Rangoon Lunatic Asylum 1898-1906 - 1898-1906
Year: 1898
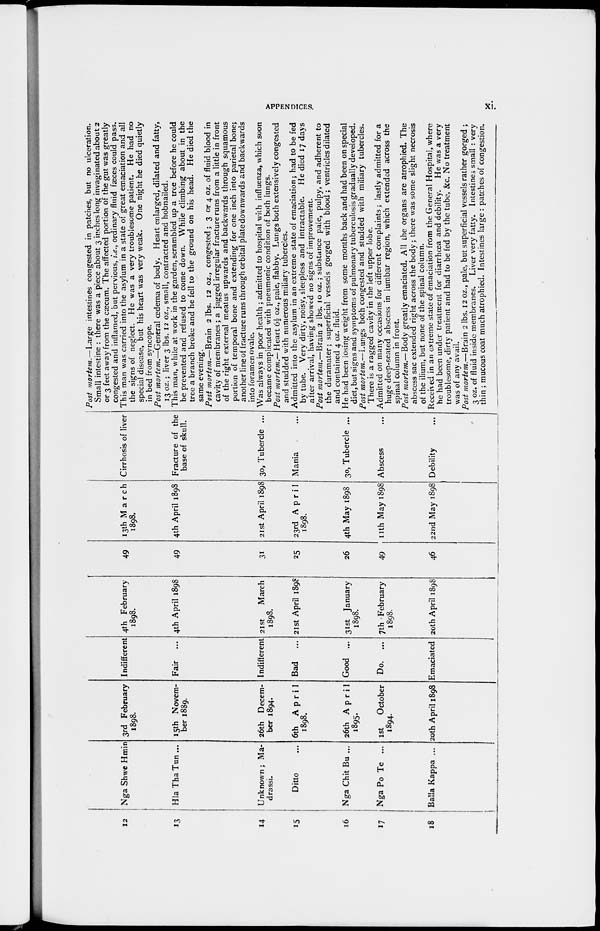
APPENDICES.
xi.
12
13
14
15
16
17
18
Nga Shwe Hmin
Hla Tha Tun ...
Unknown; Ma-
drassi.
Ditto ...
Nga Chit Bu ...
Nga Po Te ...
Balla Kappa ...
3rd February
1898.
15th Novem-
ber 1889.
26th Decem-
ber 1894.
6th
April
1898.
26th April
1895.
1st
October
1894.
20th April 1898
Indifferent
Fair ...
Indifferent
Bad
...
Good ...
Do. ...
Emaciated
4th February
1898.
4th April 1898
21st
March
1898.
21st April 1898
31st January
1898.
7th February
1898.
20th April 1898
49
49
31
25
26
49
46
13th March
1898.
4th April 1898
21st April 1898
23rd April
1898.
4th May 1898
11th May 1898
22nd May 1898
Cirrhosis of liver
Fracture of the
base of skull.
30, Tubercle ...
Mania ...
30, Tubercle ...
Abscess ...
Debility ...
Post mortem.—Large
intestines congested in patches, but no ulceration.
Small intestine : there was a piece about 3 inches long invaginated about 2
or 3 feet away from the cæcum. The affected portion of the gut was greatly
congested and inflamed, but pervious, i.e., ordinary fluid fæces could pass.
This man was carried into the asylum in a state of great emaciation and all
the signs of neglect. He was a very troublesome patient. He had no
special disease, but his heart was very weak. One night he died quietly
in bed from syncope.
Post mortem.—General œdema of body. Heart enlarged, dilated and fatty,
13 oz.; liver 3 lbs. 12 oz., small, contracted and hobnailed.
This man, while at work in the garden, scrambled up a tree before he could
be prevented and refused to come down. While climbing about in the
tree a branch broke and he fell to the ground on his head. He died the
same evening.
Post mortem.—Brain
2 lbs. 12 oz., congested; 3 or 4 oz. of fluid blood in
cavity of membranes; a jagged irregular fracture runs from a little in front
of the right external meatus upwards and backwards through squamous
portion of temporal bone and extending for one inch into parietal bone;
another line of fracture runs through orbital plate downwards and backwards
into foramen ovale.
Was always in poor health ; admitted to hospital with influenza, which soon
became complicated with pneumonic condition of both lungs.
Post mortem.— Heart 6½ oz., pale, flabby. Lungs both extensively congested
and studded with numerous miliary tubercles.
Admitted into the asylum in an extreme state of emaciation; had to be fed
by tube. Very dirty, noisy, sleepless and intractable.
He died 17 days
after arrival, having showed no signs of improvement.
Post mortem.—Brain 2 lbs. 10 oz.; substance pale, pulpy, and adherent to
the duramater; superficial vessels gorged with blood; ventricles dilated
and contained 4 oz. fluid.
He had been losing weight from some months back and had been on special
diet, but signs and symptoms of pulmonary tuberculosis gradually developed.
Post mortem.—Lungs both congested and studded with miliary tubercles.
There is a ragged cavity in the left upper lobe.
Admitted on many occasions for different complaints ; lastly admitted for a
huge deep-seated abscess in lumbar region, which extended across the
spinal column in front.
Post mortem.— Body greatly emaciated. All the organs are atrophied. The
abscess sac extended right across the body; there was some slight necrosis
of the ilium, but none of the spinal column.
Received in an extreme state of emaciation from the General Hospital, where
he had been under treatment for diarrhœa and debility.
He was a very
troublesome, dirty patient and had to be fed by the tube, &c. No treatment
was of any avail.
Post mortem.—Brain 2 lbs. 12 oz., pale, but superficial vessels rather gorged ;
3 oz. of fluid inside membranes. Liver very fatty. Intestines small : very
thin; mucous coat much atrophied. Intestines large : patches of congestion.